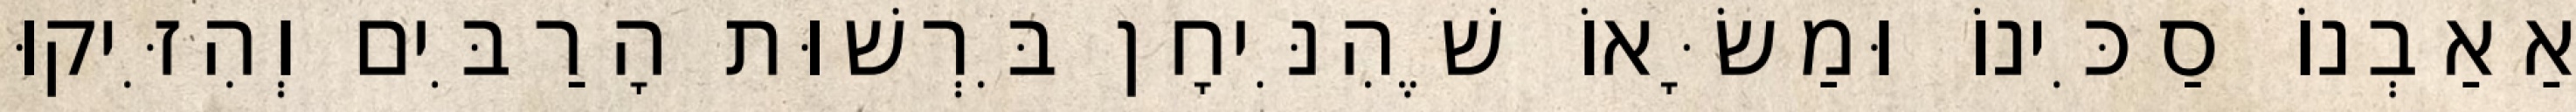
אַאַבְנוֹ סַכִּינוֹ וּמַשָּׂאוֹ שֶׁהִנִּיחָן בִּרְשׁוּת הָרַבִּים וְהִזִּיקוּ